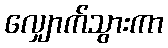
လျှောက်သွားကာ